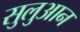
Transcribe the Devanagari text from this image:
सुलुआन